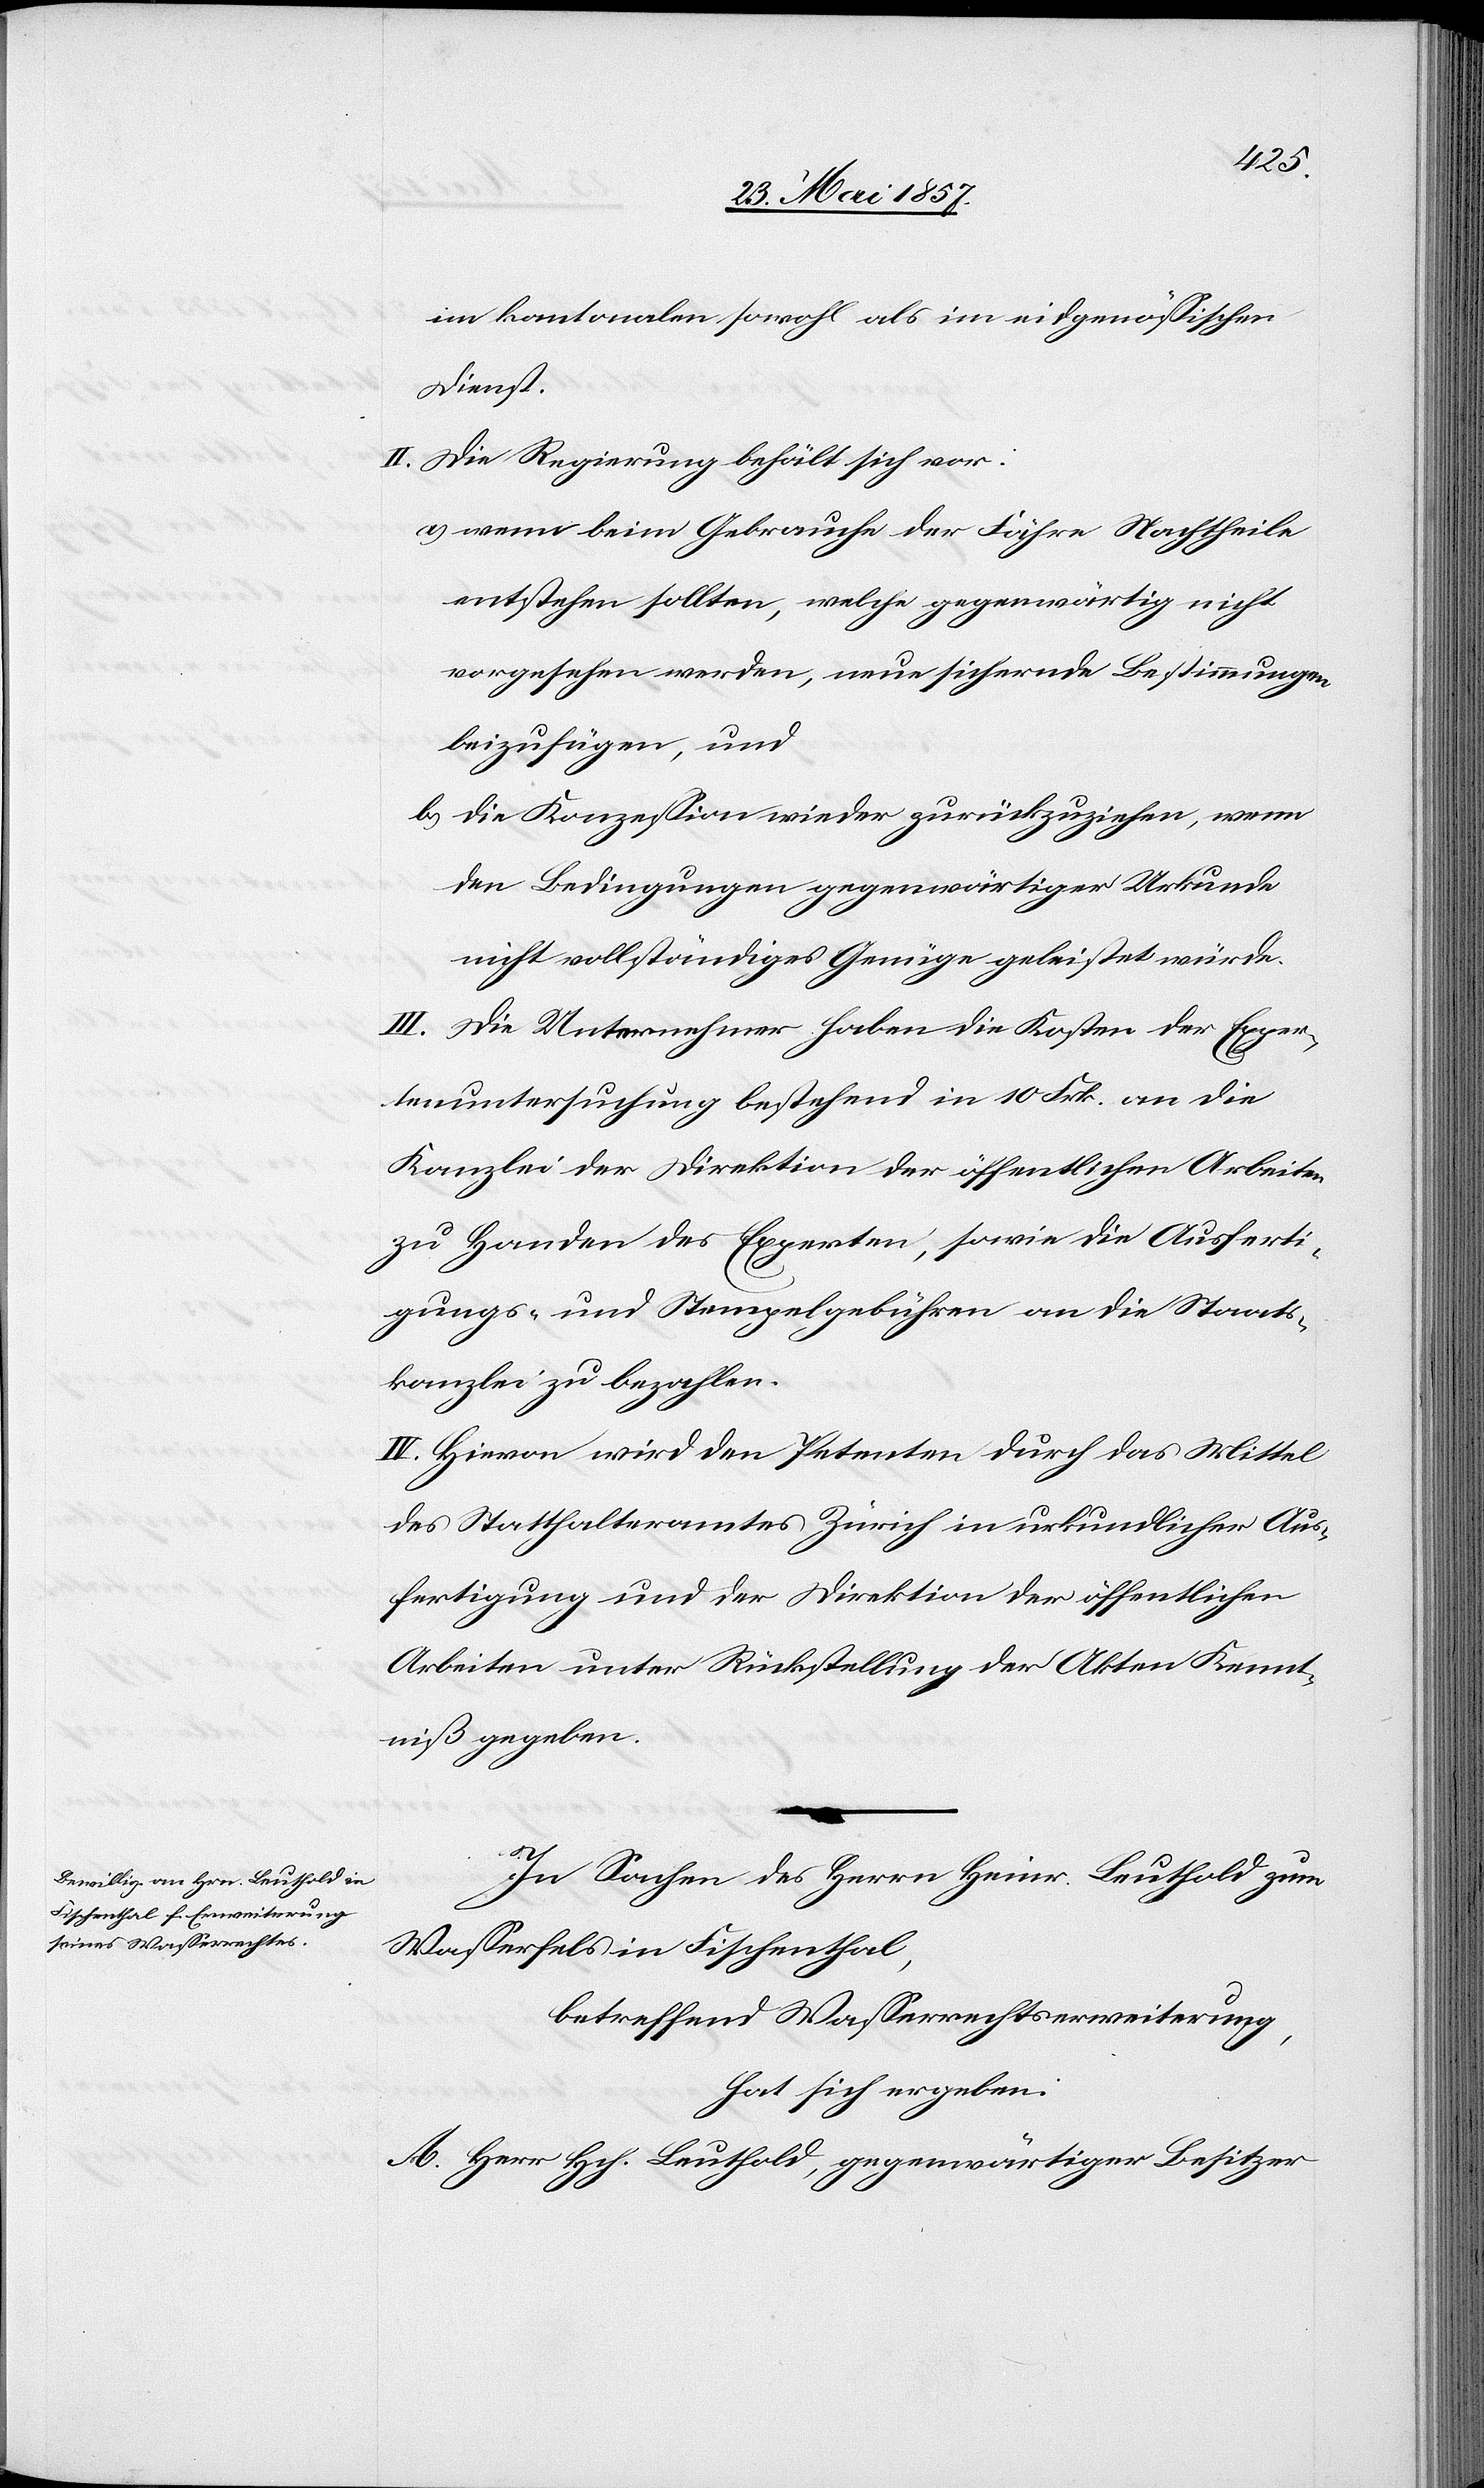
im kantonalen sowohl als im eidgenössischen
Dienst.
II. Die Regierung behält sich vor:
a) wenn beim Gebrauche der Fähre Nachtheile
entstehen sollten, welche gegenwärtig nicht
vorgesehen werden, neue sichernde Bestimmungen
beizufügen, und
b) die Konzession wieder zurückzuziehen, wenn
den Bedingungen gegenwärtiger Urkunde
nicht vollständiges Genüge geleistet würde.
III. Die Unternehmer haben die Kosten der Exper¬
tenuntersuchung bestehend in 10 Frk. an die
Kanzlei der Direktion der öffentlichen Arbeiten
zu Handen des Experten, sowie die Ausferti¬
gungs- und Stempelgebühren an die Staats¬
kanzlei zu bezahlen.
IV. Hievon wird den Petenten durch das Mittel
des Statthalteramtes Zürich in urkundlicher Aus¬
fertigung und der Direktion der öffentlichen
Arbeiten unter Rückstellung der Akten Kennt¬
niß gegeben.
In Sachen des Herrn Heinr. Leuthold zum
Wasserfels in Fischenthal,
betreffend Wasserrechtserweiterung,
hat sich ergeben:
A. Herr Hch. Leuthold, gegenwärtiger Besitzer